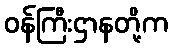
ဝန်ကြီးဌာနတို့က